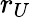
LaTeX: r_{U}